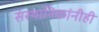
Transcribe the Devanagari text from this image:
संस्थानिकांनीही